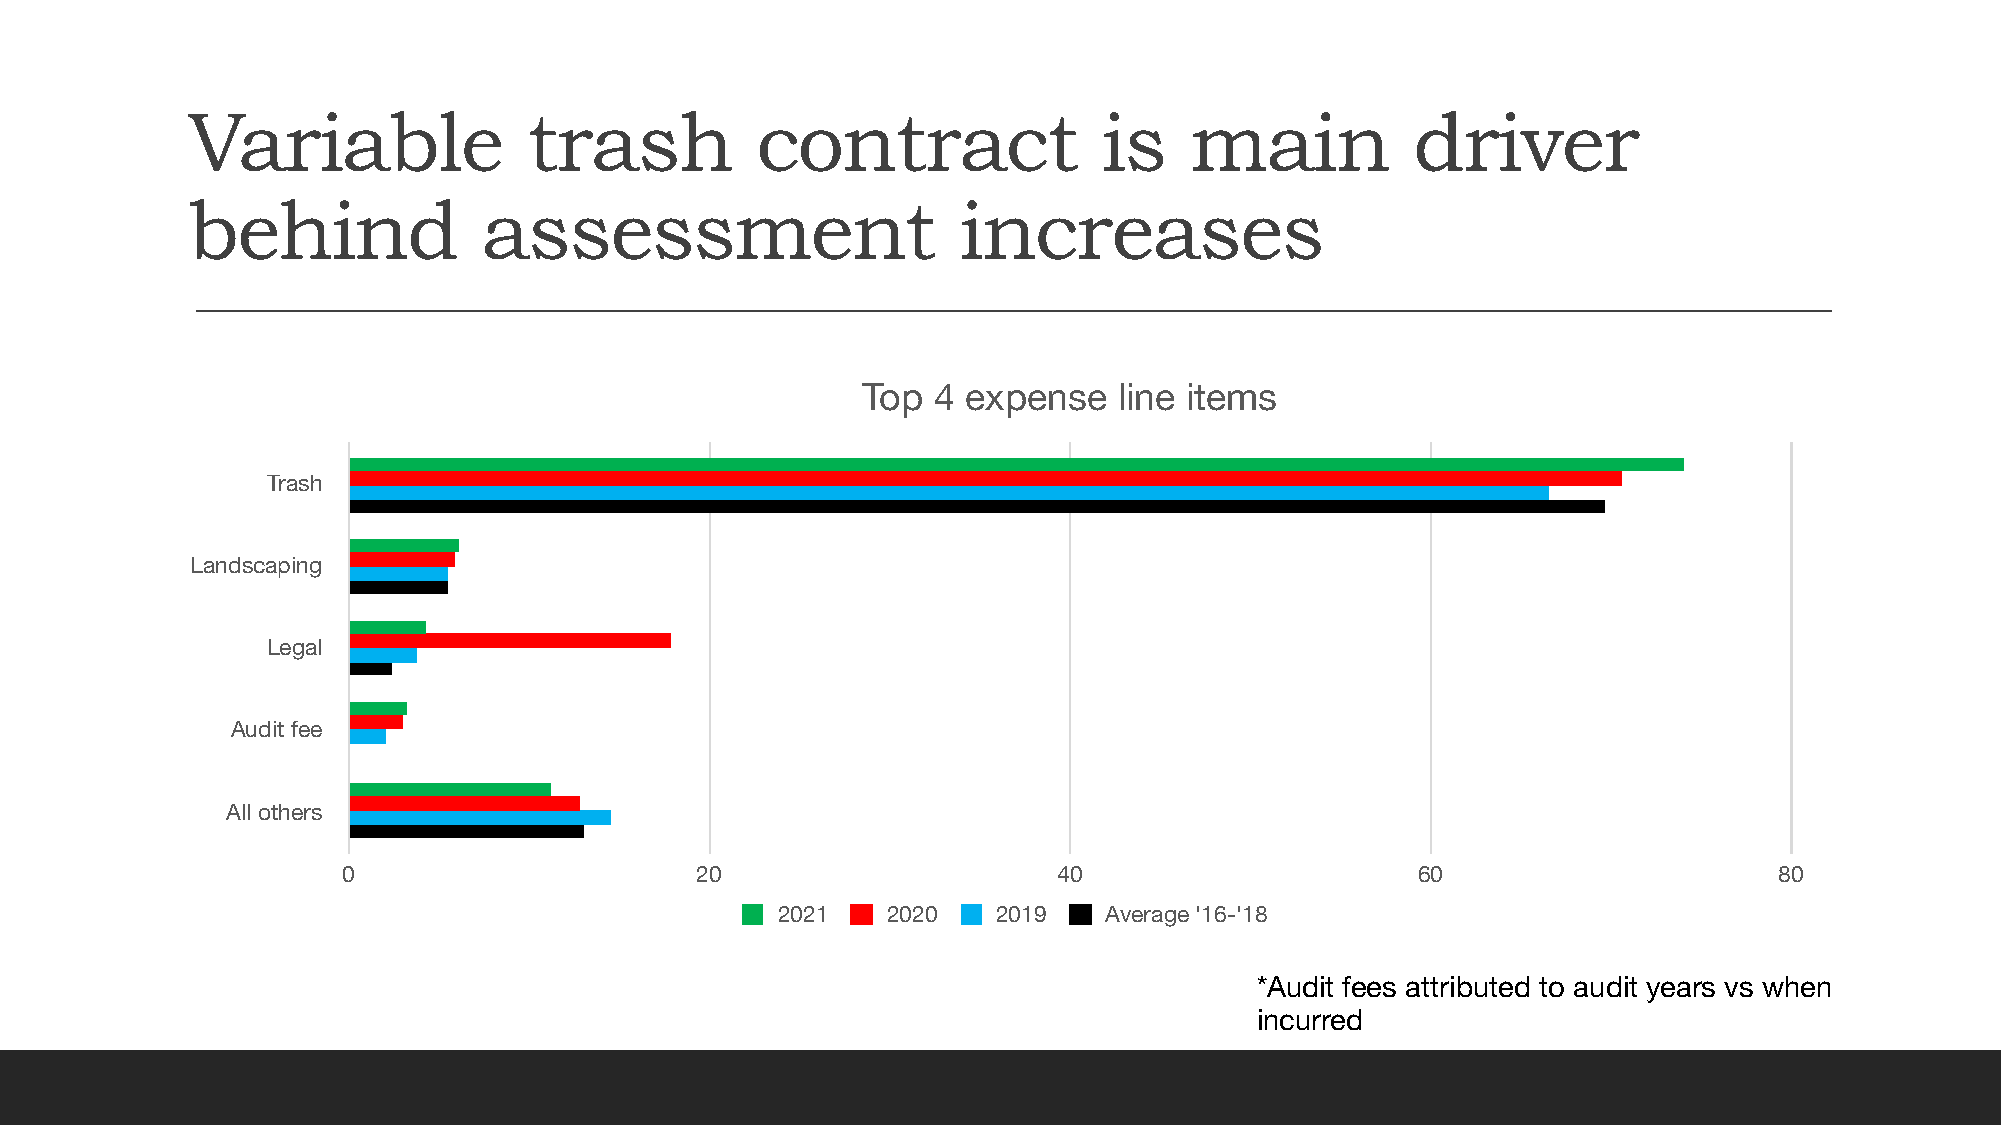
Variable               trash          contract               is    main           driver
 behind              assessment                     increases
 Top  4 expense   line items
 Trash
 Landscaping
 Legal
 Audit fee
 All others
 0                      20                      40                      60                      80
 2021    2020   2019   Average '16-'18
 *Audit fees attributed to audit years vs when
 incurred